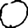
Digit: 0